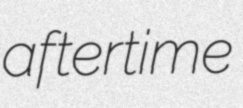
aftertime